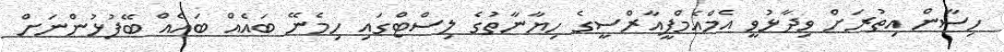
ހިސާން އިތުރަށް ވިދާޅުވީ އެމްއެމްޕީއާރްސީގެ ހިޔާނާތުގެ ލިސްޓްގައި ހިމެނޭ ބައެއް ބައެއް ބޭފުޅުންނަށް